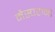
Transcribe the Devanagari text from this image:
मैस्चरानो